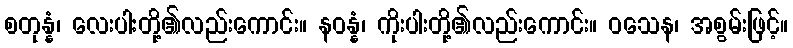
စတုန္နံ၊ လေးပါးတို့၏လည်းကောင်း။ နဝန္နံ၊ ကိုးပါးတို့၏လည်းကောင်း။ ဝသေန၊ အစွမ်းဖြင့်။